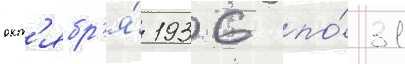
окт'ябр'я́ 1936 по́ 31